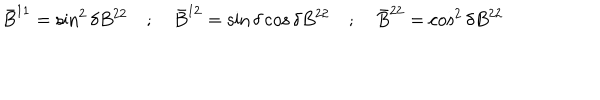
{ \bar { B } } ^ { 1 1 } = \sin ^ { 2 } \delta B ^ { 2 2 } \quad ; \quad { \bar { B } } ^ { 1 2 } = \sin \delta \cos \delta B ^ { 2 2 } \quad ; \quad { \bar { B } } ^ { 2 2 } = \cos ^ { 2 } \delta B ^ { 2 2 }